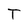
Character: T